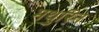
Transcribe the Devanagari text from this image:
मथुरिन